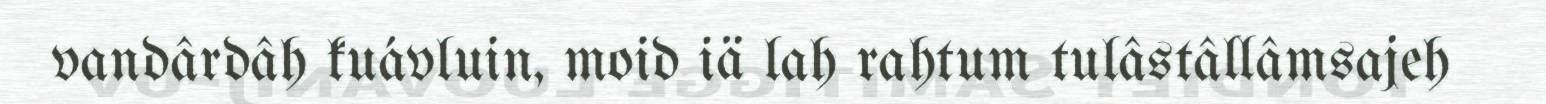
vandârdâh kuávluin, moid iä lah rahtum tulâstâllâmsajeh